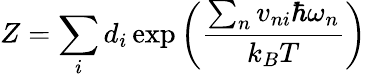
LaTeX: Z=\sum_{i}d_{i}\exp\left(\frac{\sum_{n}v_{ni}\hbar\omega_{n}}{k_{B}T}\right)